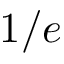
1 / e